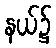
နယ်၌